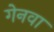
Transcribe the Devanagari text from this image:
गेनवा